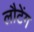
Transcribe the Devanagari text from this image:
लौटेंग